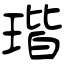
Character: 瑎